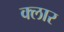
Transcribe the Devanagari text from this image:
क्लार